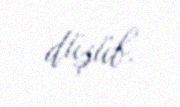
düşüb.